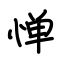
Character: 惮